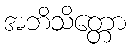
အဘိသိတ္တော